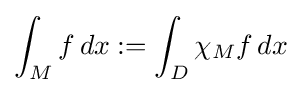
\int _{M}f\,dx:=\int _{D}\chi _{M}f\,dx